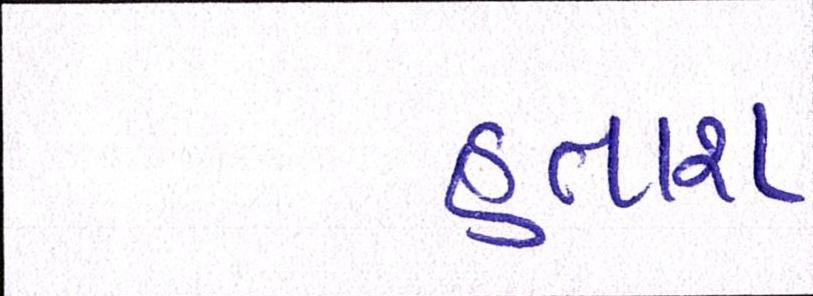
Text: હતાશ